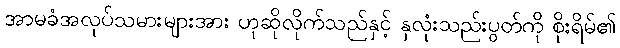
အာမခံအလုပ်သမားများအား ဟုဆိုလိုက်သည်နှင့် နှလုံးသည်းပွတ်ကို စိုးရိမ်၏